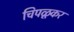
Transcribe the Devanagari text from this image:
चिपळूकर